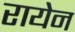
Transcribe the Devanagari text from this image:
रायेन